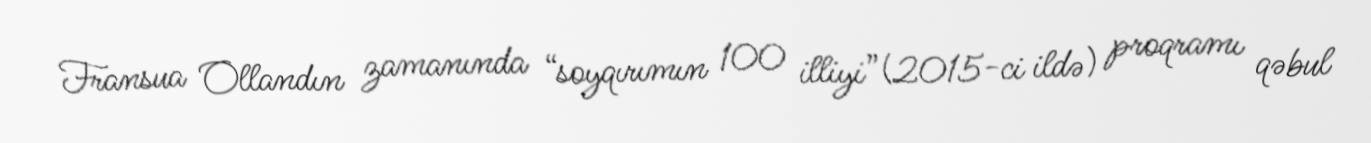
Fransua Ollandın zamanında “soyqırımın 100 illiyi”(2015-ci ildə) proqramı qəbul